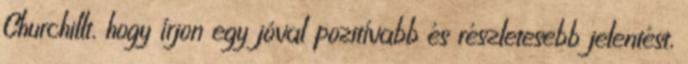
Churchillt, hogy írjon egy jóval pozitívabb és részletesebb jelentést,